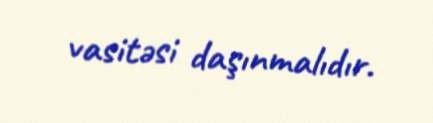
vasitəsi daşınmalıdır.